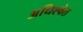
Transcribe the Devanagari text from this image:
अधिश्वेत